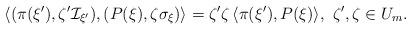
LaTeX: \begin{align*} \langle (\pi(\xi'), \zeta' \mathcal{I}_{\xi'}) , (P(\xi),\zeta\sigma_{\xi }) \rangle = \zeta' \zeta \, \langle \pi(\xi'), P(\xi) \rangle, \ \zeta', \zeta \in U_{m}.\end{align*}